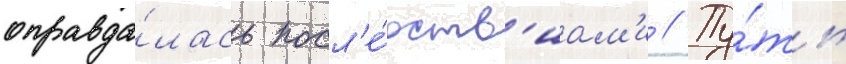
оправда́лась посл'е́дств'иам'и // Пу́ть